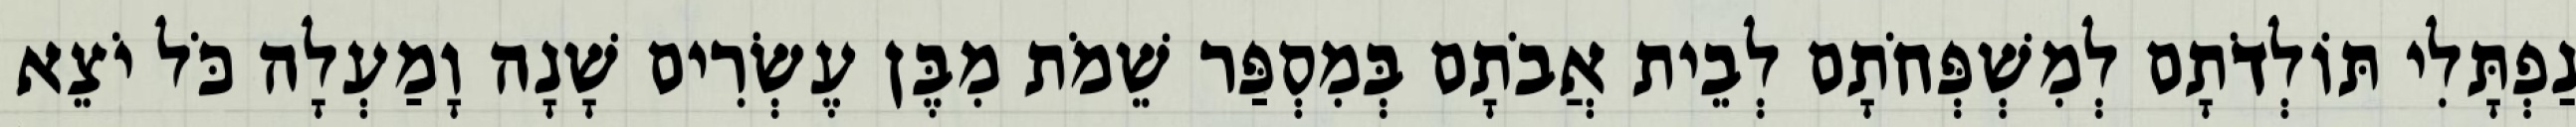
נַפְתָּלִי תּוֹלְדֹתָם לְמִשְׁפְּחֹתָם לְבֵית אֲבֹתָם בְּמִסְפַּר שֵׁמֹת מִבֶּן עֶשְׂרִים שָׁנָה וָמַעְלָה כֹּל יֹצֵא